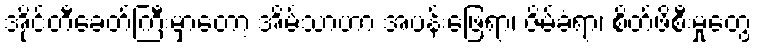
အိုင်တီခေတ်ကြီးမှာတော့ အိမ်သာဟာ အပန်းဖြေရာ၊ ဇိမ်ခံရာ၊ စိတ်ဖိစီးမှုတွေ